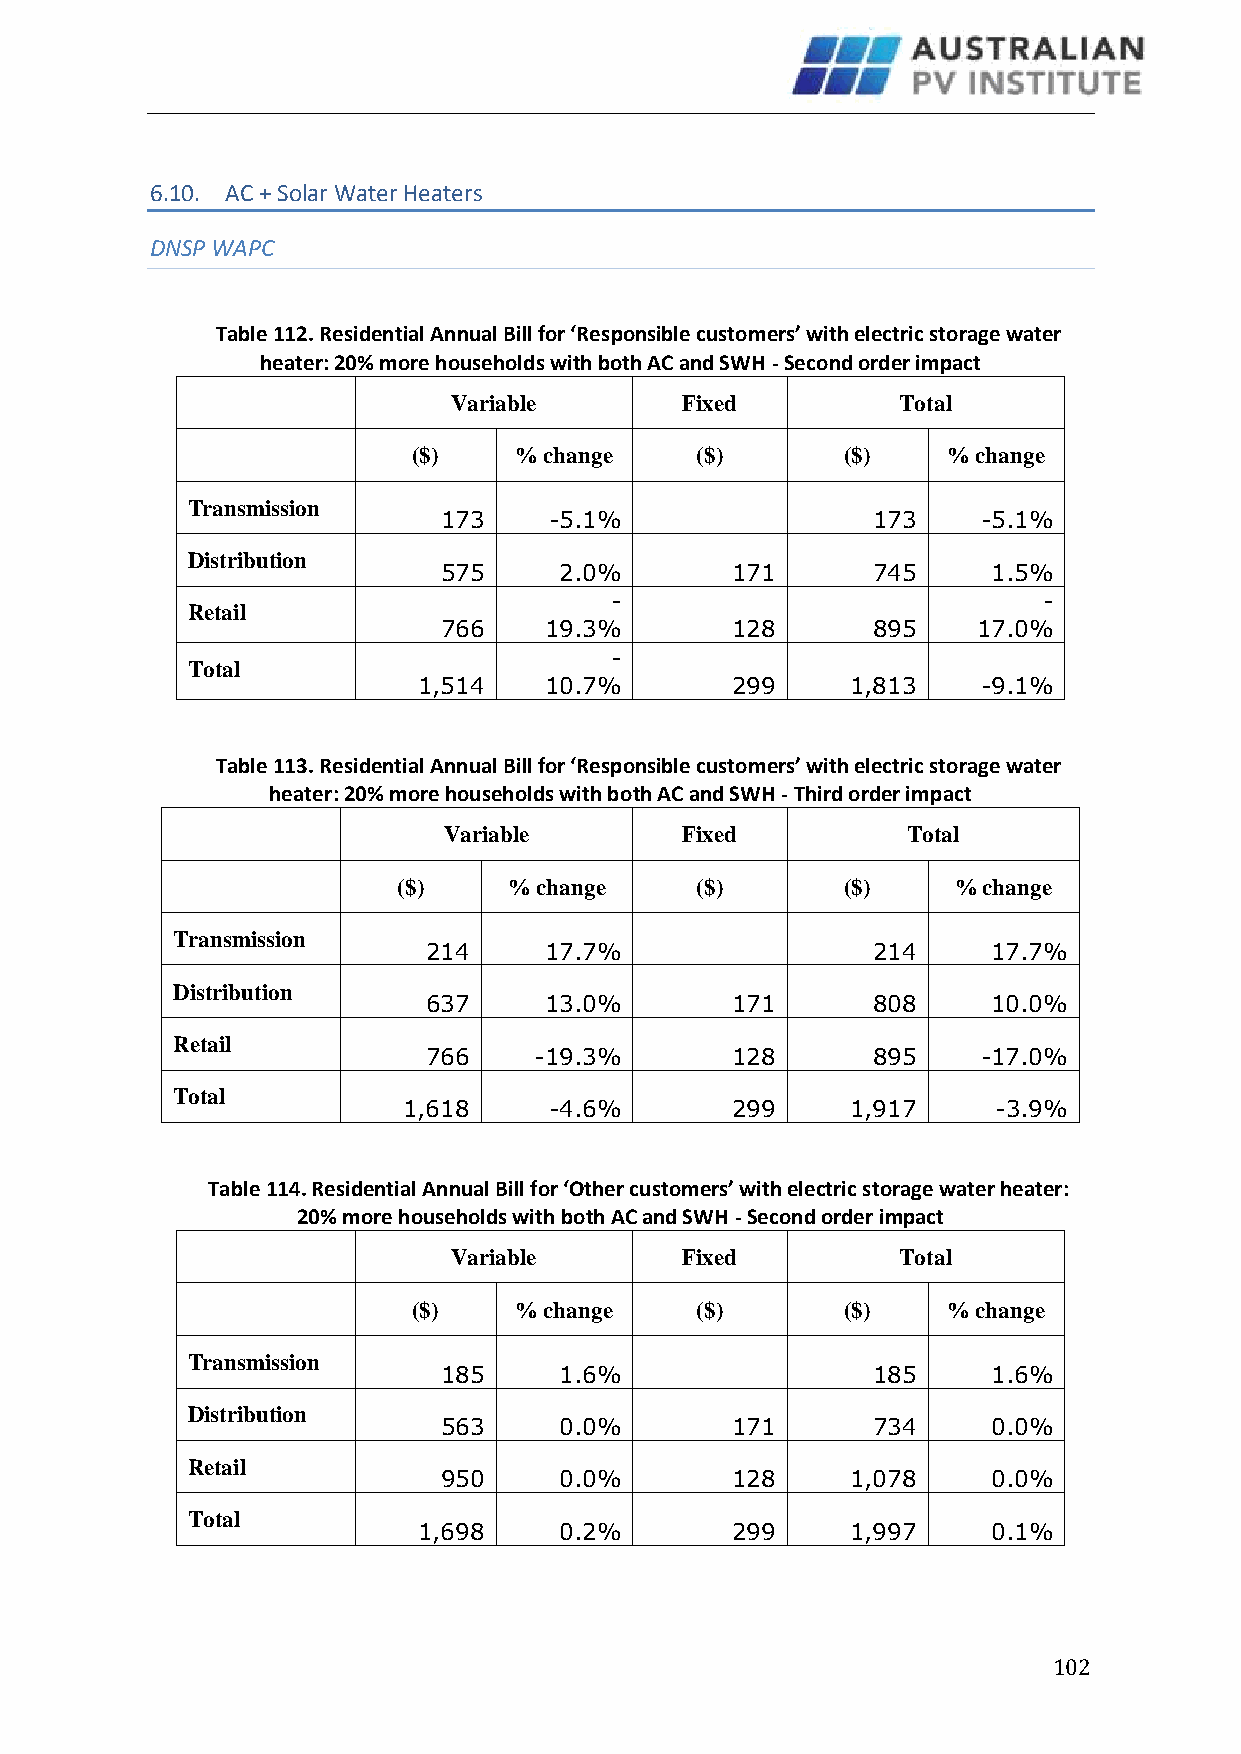
6.10. AC + Solar Water Heaters
 DNSP WAPC
 Table 112. Residential Annual Bill for ‘Responsible customers’ with electric storage water
 heater: 20% more households with both AC and SWH - Second order impact
 Variable       Fixed          Total
 ($)    % change    ($)       ($)    % change
 Transmission
 173    -5.1%                 173    -5.1%
 Distribution
 575     2.0%       171       745     1.5%
 -                            -
 Retail
 766    19.3%       128       895    17.0%
 -
 Total
 1,514   10.7%       299     1,813    -9.1%
 Table 113. Residential Annual Bill for ‘Responsible customers’ with electric storage water
 heater: 20% more households with both AC and SWH - Third order impact
 Variable        Fixed          Total
 ($)     % change    ($)       ($)    % change
 Transmission
 214     17.7%                 214     17.7%
 Distribution
 637     13.0%       171       808     10.0%
 Retail
 766    -19.3%       128       895    -17.0%
 Total
 1,618    -4.6%       299     1,917     -3.9%
 Table 114. Residential Annual Bill for ‘Other customers’ with electric storage water heater:
 20% more households with both AC and SWH - Second order impact
 Variable       Fixed          Total
 ($)    % change    ($)       ($)    % change
 Transmission
 185     1.6%                 185     1.6%
 Distribution
 563     0.0%       171       734     0.0%
 Retail
 950     0.0%       128     1,078     0.0%
 Total
 1,698    0.2%       299     1,997     0.1%
 102